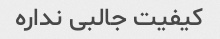
کیفیت جالبی نداره